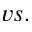
v s .